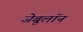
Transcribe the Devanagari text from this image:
जेबूलॉन